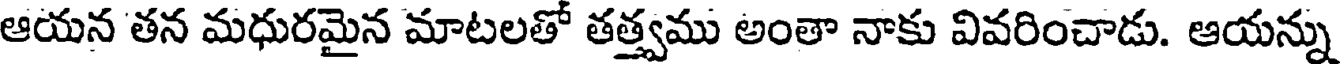
ఆయన తన మధురమైన మాటలతో తత్త్వము అంతా నాకు వివరించాడు. ఆయన్ను